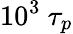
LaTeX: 10^{3}~\tau_{p}